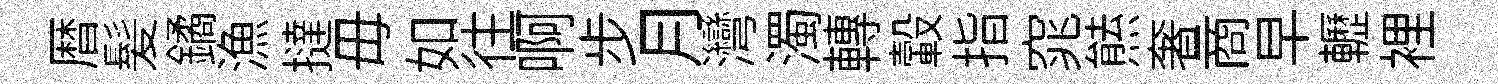
暦髪鐍漁撻毋如往啊步月灣濁轉轂指窕㷱奢商早轣裡